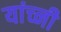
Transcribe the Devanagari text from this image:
यांच्नी